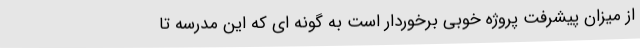
از میزان پیشرفت پروژه خوبی برخوردار است به گونه ای که این مدرسه تا